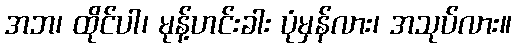
အဘ၊ ထိုင်ပါ၊ မုန့်ဟင်းခါး ပုံမှန်လား၊ အသုပ်လား။